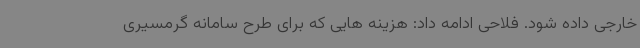
خارجی داده شود. فلاحی ادامه داد: هزینه هایی که برای طرح سامانه گرمسیری